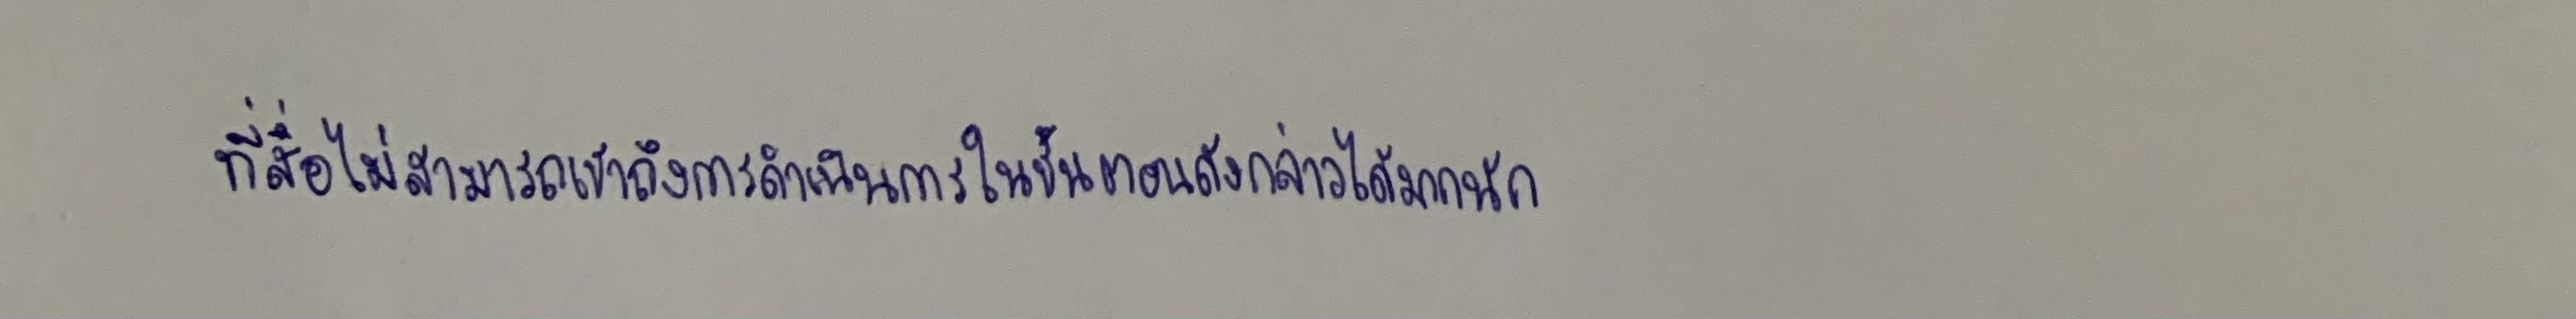
ที่สื่อไม่สามารถเข้าถึงการดำเนินการในขั้นตอนดังกล่าวได้มากนัก